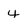
Character: 4